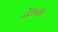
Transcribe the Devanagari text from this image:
नॆशनल